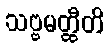
သဗ္ဗမတ္ထီတိ